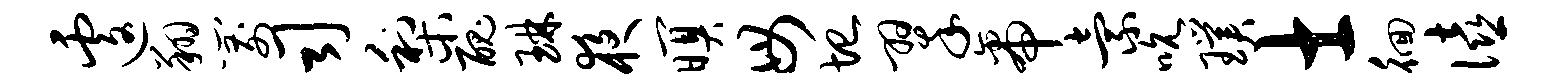
遽翔箭司梨丑琳夜暝毋圮翠帝索吮璞士徊僖